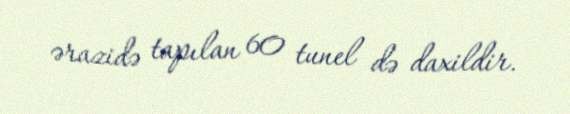
ərazidə tapılan 60 tunel də daxildir.